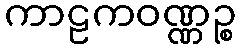
ကာဠကဝဏ္ဏဉ္စ